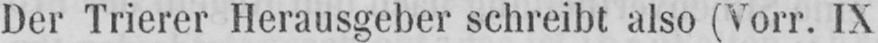
Der Trierer Herausgeber schreibt also (Vorr. IX